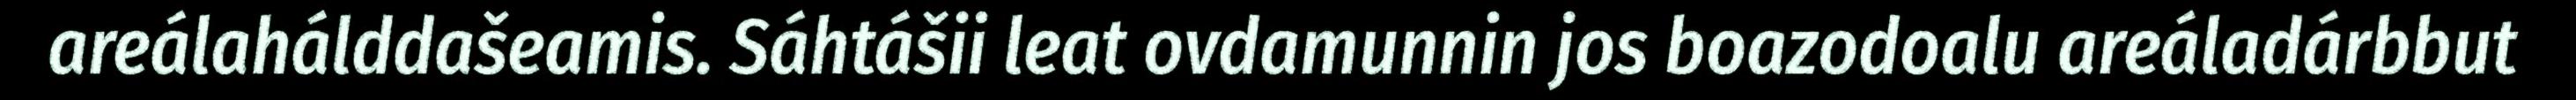
areálahálddašeamis. Sáhtášii leat ovdamunnin jos boazodoalu areáladárbbut